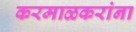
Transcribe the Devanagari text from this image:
करमाळकरांना